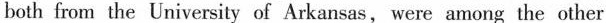
both from the University of Arkansas,were among the other